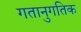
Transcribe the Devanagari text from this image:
गतानुगतिक